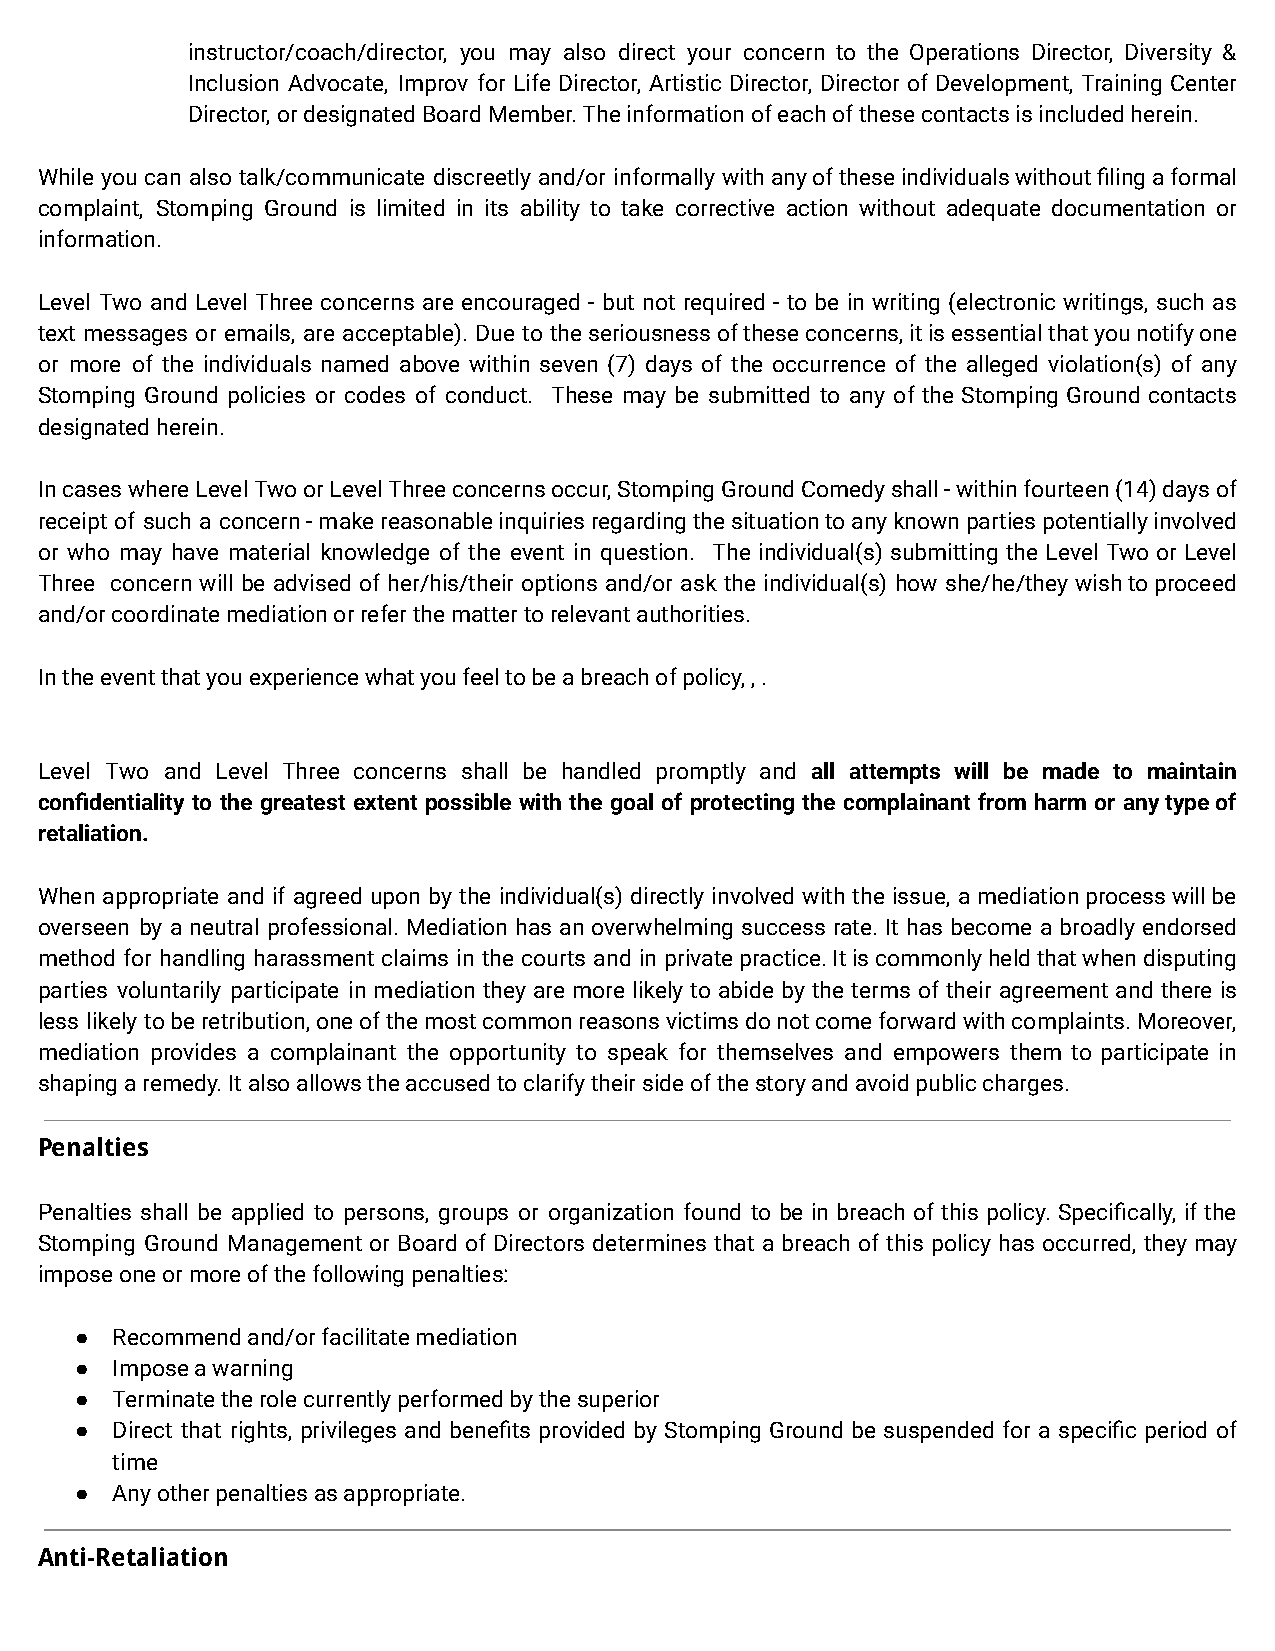
instructor/coach/director, you may also direct your concern to the Operations Director, Diversity &
 Inclusion Advocate, Improv for Life Director, Artistic Director, Director of Development, Training Center
 Director, or designated Board Member. The informationof each of these contacts is included herein.
 While you can also talk/communicate discreetly and/or informally withanyoftheseindividualswithoutfilingaformal
 complaint, Stomping Ground is limited in its ability to take corrective action without adequate documentation or
 information.
 Level Two and Level Three concerns are encouraged - but not required - to be in writing (electronic writings, such as
 text messages or emails, are acceptable). Due to theseriousnessoftheseconcerns,itisessentialthatyounotifyone
 or more of the individuals named above within seven (7) days of the occurrence of the alleged violation(s) of any
 Stomping Ground policies or codes of conduct. These may be submitted to any of the Stomping Ground contacts
 designated herein.
 IncaseswhereLevelTwoorLevelThreeconcernsoccur,StompingGroundComedyshall-withinfourteen(14)daysof
 receipt of such a concern-makereasonableinquiriesregardingthesituationtoanyknownpartiespotentiallyinvolved
 or who may have material knowledge of the event in question. The individual(s) submitting the Level Two or Level
 Three concern will be advised of her/his/their options and/or ask the individual(s) how she/he/they wishtoproceed
 and/or coordinate mediation or refer the matter torelevant authorities.
 In the event that you experience what you feel tobe a breach of policy, , .
 Level Two and Level Three concerns shall be handled promptly and all attempts will be made to maintain
 confidentiality to the greatest extent possible with the goal of protecting the complainant from harm or anytypeof
 retaliation.
 When appropriate and if agreed upon by the individual(s) directly involved with the issue, a mediationprocesswillbe
 overseen by a neutral professional. Mediation has an overwhelming success rate. It has become a broadly endorsed
 method for handling harassment claims in the courts and in privatepractice.Itiscommonlyheldthatwhendisputing
 parties voluntarily participate in mediation they are more likely to abide by the terms of their agreement and there is
 less likely toberetribution,oneofthemostcommonreasonsvictimsdonotcomeforwardwithcomplaints.Moreover,
 mediation provides a complainant the opportunity to speak for themselves and empowers them to participate in
 shaping a remedy. It also allows the accused to clarifytheir side of the story and avoid public charges.
 Penalties
 Penalties shall be applied to persons, groups or organization found to be in breach of this policy. Specifically, if the
 Stomping Ground Management or Board of Directors determines that a breach of this policy has occurred, they may
 impose one or more of the following penalties:
 ● Recommend and/or facilitate mediation
 ● Impose a warning
 ● Terminate the role currently performed by the superior
 ● Direct that rights, privileges and benefits provided by Stomping Ground be suspended for a specific period of
 time
 ● Any other penalties as appropriate.
 Anti-Retaliation